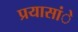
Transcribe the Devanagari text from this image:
प्रयासांे